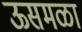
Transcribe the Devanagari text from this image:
ऊसमळा